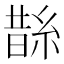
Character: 𦁬